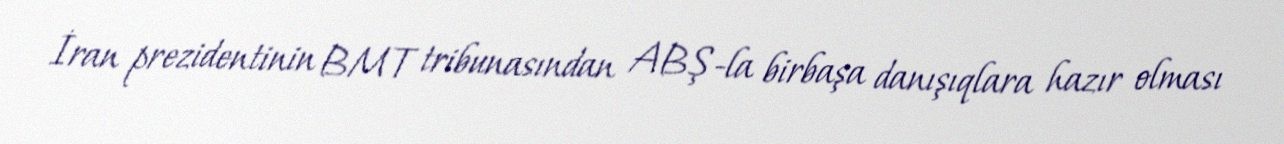
İran prezidentinin BMT tribunasından ABŞ-la birbaşa danışıqlara hazır olması